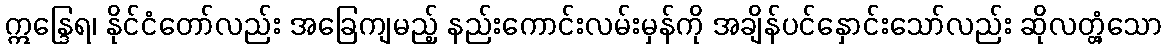
ဣန္ဒြေရ၊ နိုင်ငံတော်လည်း အခြေကျမည့် နည်းကောင်းလမ်းမှန်ကို အချိန်ပင်နှောင်းသော်လည်း ဆိုလတ္တံ့သော